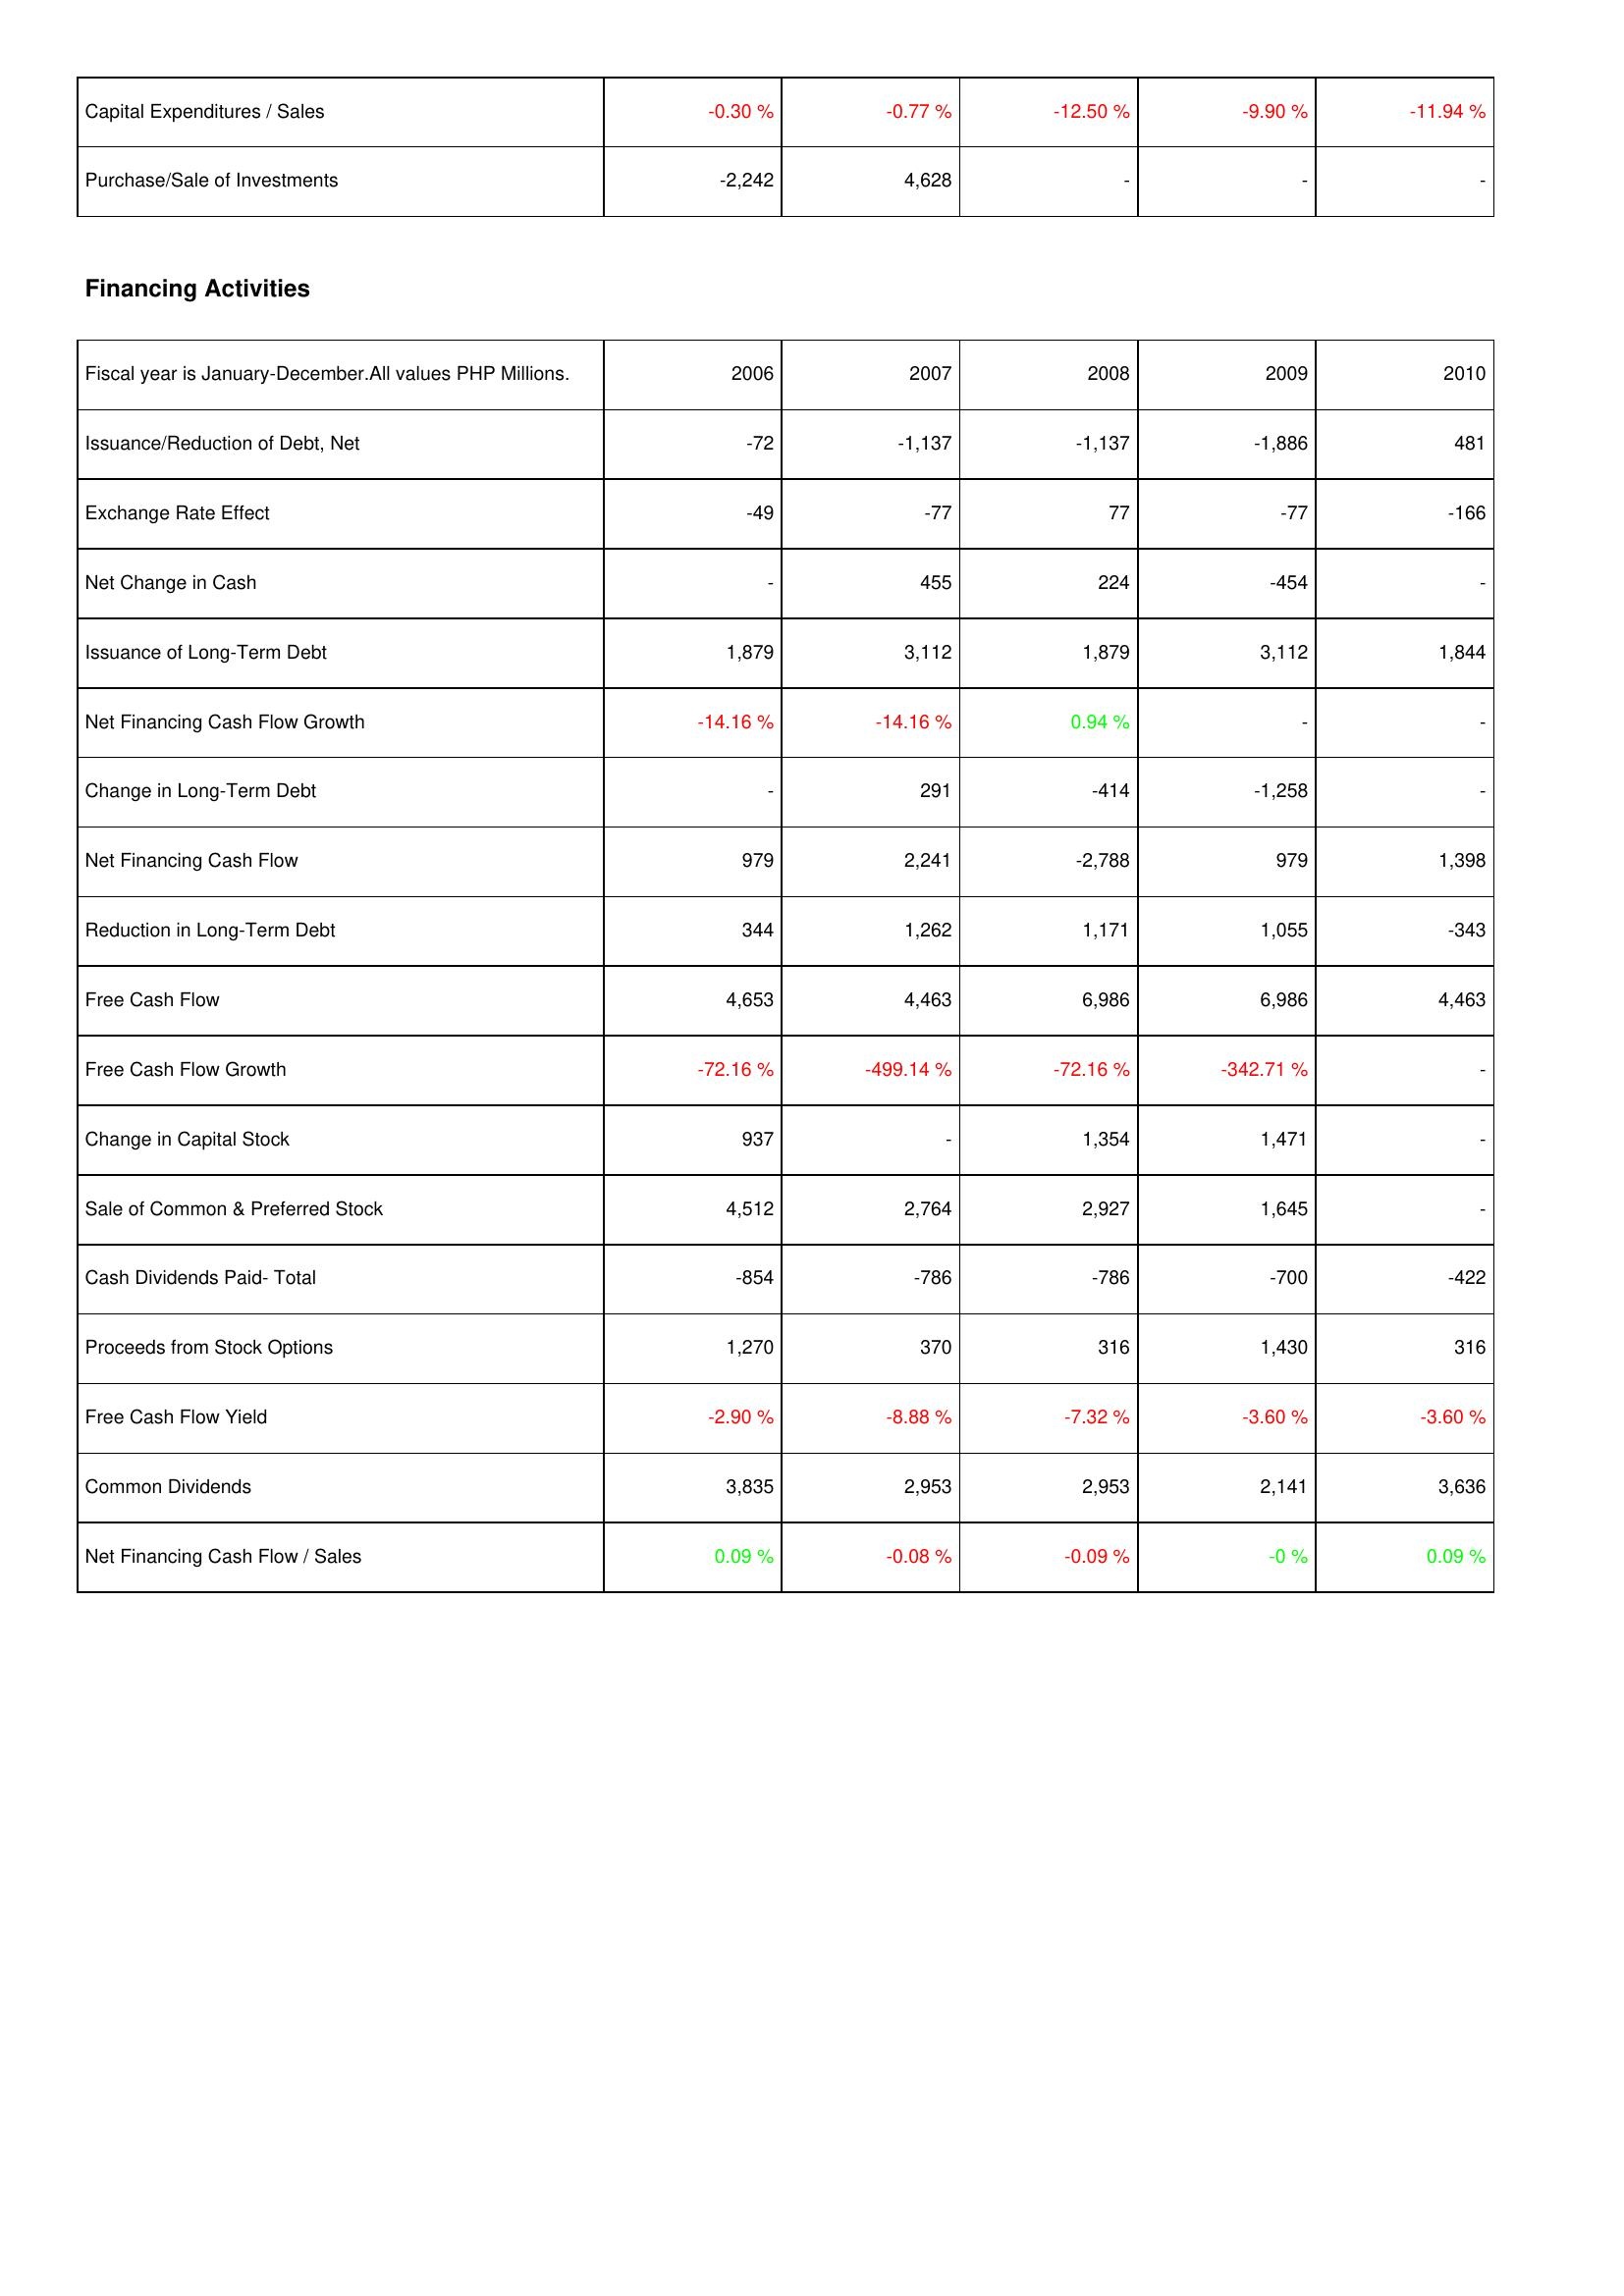
2006: Investing Activities: Capital Expenditures / Sales: -0.30 %
Purchase/Sale of Investments: -2,242
Financing Activities: Issuance/Reduction of Debt, Net: -72
Exchange Rate Effect: -49
Net Change in Cash: -
Issuance of Long-Term Debt: 1,879
Net Financing Cash Flow Growth: -14.16 %
Change in Long-Term Debt: -
Net Financing Cash Flow: 979
Reduction in Long-Term Debt: 344
Free Cash Flow: 4,653
Free Cash Flow Growth: -72.16 %
Change in Capital Stock: 937
Sale of Common & Preferred Stock: 4,512
Cash Dividends Paid- Total: -854
Proceeds from Stock Options: 1,270
Free Cash Flow Yield: -2.90 %
Common Dividends: 3,835
Net Financing Cash Flow / Sales: 0.09 %
2007: Investing Activities: Capital Expenditures / Sales: -0.77 %
Purchase/Sale of Investments: 4,628
Financing Activities: Issuance/Reduction of Debt, Net: -1,137
Exchange Rate Effect: -77
Net Change in Cash: 455
Issuance of Long-Term Debt: 3,112
Net Financing Cash Flow Growth: -14.16 %
Change in Long-Term Debt: 291
Net Financing Cash Flow: 2,241
Reduction in Long-Term Debt: 1,262
Free Cash Flow: 4,463
Free Cash Flow Growth: -499.14 %
Change in Capital Stock: -
Sale of Common & Preferred Stock: 2,764
Cash Dividends Paid- Total: -786
Proceeds from Stock Options: 370
Free Cash Flow Yield: -8.88 %
Common Dividends: 2,953
Net Financing Cash Flow / Sales: -0.08 %
2008: Investing Activities: Capital Expenditures / Sales: -12.50 %
Purchase/Sale of Investments: -
Financing Activities: Issuance/Reduction of Debt, Net: -1,137
Exchange Rate Effect: 77
Net Change in Cash: 224
Issuance of Long-Term Debt: 1,879
Net Financing Cash Flow Growth: 0.94 %
Change in Long-Term Debt: -414
Net Financing Cash Flow: -2,788
Reduction in Long-Term Debt: 1,171
Free Cash Flow: 6,986
Free Cash Flow Growth: -72.16 %
Change in Capital Stock: 1,354
Sale of Common & Preferred Stock: 2,927
Cash Dividends Paid- Total: -786
Proceeds from Stock Options: 316
Free Cash Flow Yield: -7.32 %
Common Dividends: 2,953
Net Financing Cash Flow / Sales: -0.09 %
2009: Investing Activities: Capital Expenditures / Sales: -9.90 %
Purchase/Sale of Investments: -
Financing Activities: Issuance/Reduction of Debt, Net: -1,886
Exchange Rate Effect: -77
Net Change in Cash: -454
Issuance of Long-Term Debt: 3,112
Net Financing Cash Flow Growth: -
Change in Long-Term Debt: -1,258
Net Financing Cash Flow: 979
Reduction in Long-Term Debt: 1,055
Free Cash Flow: 6,986
Free Cash Flow Growth: -342.71 %
Change in Capital Stock: 1,471
Sale of Common & Preferred Stock: 1,645
Cash Dividends Paid- Total: -700
Proceeds from Stock Options: 1,430
Free Cash Flow Yield: -3.60 %
Common Dividends: 2,141
Net Financing Cash Flow / Sales: -0 %
2010: Investing Activities: Capital Expenditures / Sales: -11.94 %
Purchase/Sale of Investments: -
Financing Activities: Issuance/Reduction of Debt, Net: 481
Exchange Rate Effect: -166
Net Change in Cash: -
Issuance of Long-Term Debt: 1,844
Net Financing Cash Flow Growth: -
Change in Long-Term Debt: -
Net Financing Cash Flow: 1,398
Reduction in Long-Term Debt: -343
Free Cash Flow: 4,463
Free Cash Flow Growth: -
Change in Capital Stock: -
Sale of Common & Preferred Stock: -
Cash Dividends Paid- Total: -422
Proceeds from Stock Options: 316
Free Cash Flow Yield: -3.60 %
Common Dividends: 3,636
Net Financing Cash Flow / Sales: 0.09 %